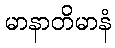
မာနာတိမာနံ